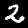
Digit: 2